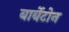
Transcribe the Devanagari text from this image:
बार्बेटोन